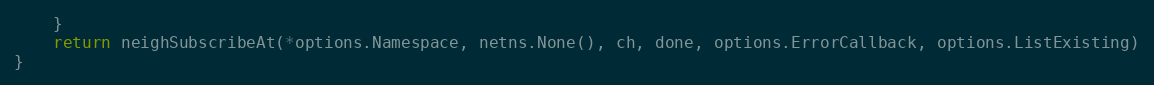
Language: Go
	}
	return neighSubscribeAt(*options.Namespace, netns.None(), ch, done, options.ErrorCallback, options.ListExisting)
}